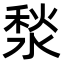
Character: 湬